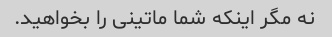
نه مگر اینکه شما ماتینی را بخواهید.